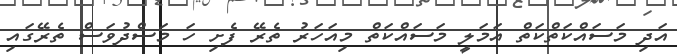
އަދި މަސައްކަތްކަތް އަމަލީ މަސައްކަތް މިއަހަރު ތެރޭ ފެށި ހަ މަސްދުވަސް ތެރޭގައި